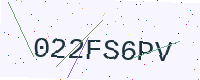
Text: 022FS6PV